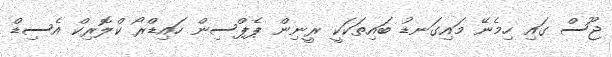
ޖޫސް ގައި ހިމެނޭ މައިގަނޑު ބައިތަކަކީ ރީނިން ޕެޕްސިން ހައިޑްރޯ ކްލޮރިކް އެސިޑް